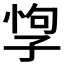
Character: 𡥯